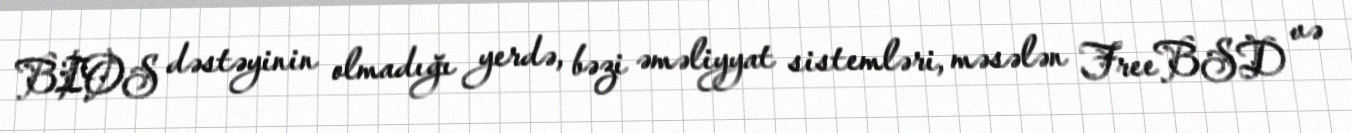
BIOS dəstəyinin olmadığı yerdə, bəzi əməliyyat sistemləri, məsələn FreeBSD və